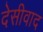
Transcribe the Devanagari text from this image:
देसीवाद